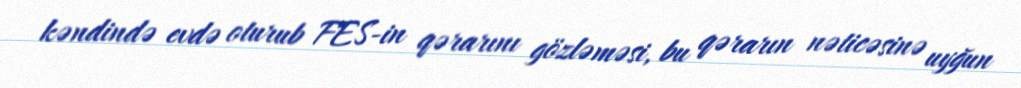
kəndində evdə oturub FES-in qərarını gözləməsi, bu qərarın nəticəsinə uyğun